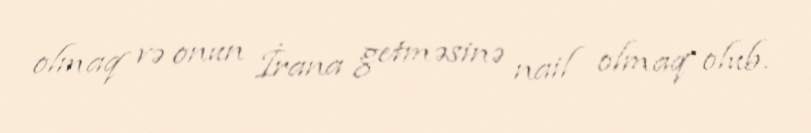
olmaq və onun İrana getməsinə nail olmaq olub.